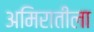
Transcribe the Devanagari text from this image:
अमिरातीला